Indian journal of veterinary science and animal husbandry - Volumes 18-21, 1948-1951
Year: 1948
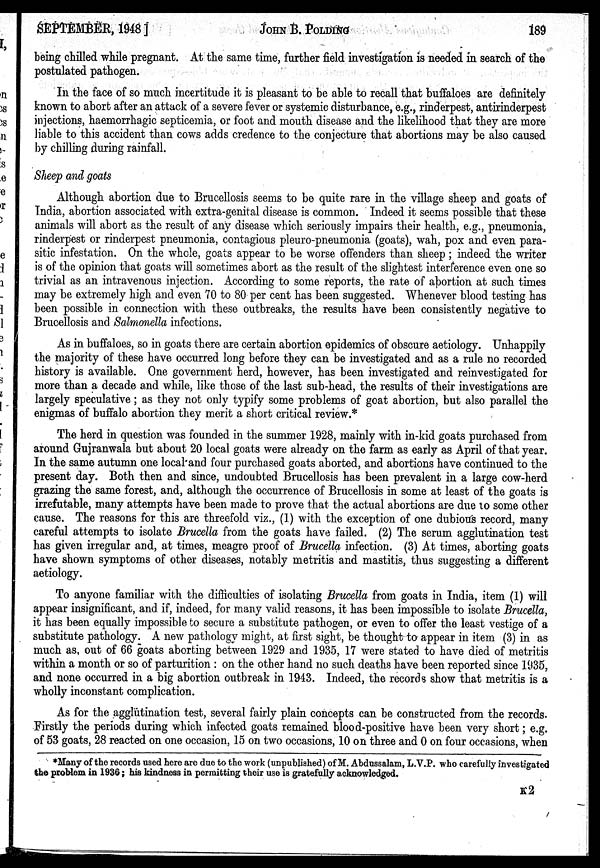
SEPTEMBER, 1946]
JOHN
B.
POLDING
189
being chilled while pregnant. At the same time, further field investigation is needed in search of the
postulated pathogen.
In the face of so much incertitude it is pleasant to be able to recall that buffaloes are definitely
known to abort after an attack of a severe fever or systemic disturbance, e.g., rinderpest, antirinderpest
injections, haemorrhagic septicemia, or foot and mouth disease and the likelihood that they are more
liable to this accident than cows adds credence to the conjecture that abortions may be also caused
by chilling during rainfall.
Sheep and goats
Although abortion due to Brucellosis seems to be quite rare in the village sheep and goats of
India, abortion associated with extra-genital disease is common. Indeed it seems possible that these
animals will abort as the result of any disease which seriously impairs their health, e.g., pneumonia,
rinderpest or rinderpest pneumonia, contagious pleuro-pneumonia (goats), wah, pox and even para-
sitic infestation. On the whole, goats appear to be worse offenders than sheep ; indeed the writer
is of the opinion that goats will sometimes abort as the result of the slightest interference even one so
trivial as an intravenous injection. According to some reports, the rate of abortion at such times
may be extremely high and even 70 to 80 per cent has been suggested. Whenever blood testing has
been possible in connection with these outbreaks, the results have been consistently negative to
Brucellosis and Salmonella infections.
As in buffaloes, so in goats there are certain abortion epidemics of obscure aetiology. Unhappily
the majority of these have occurred long before they can be investigated and as a rule no recorded
history is available. One government herd, however, has been investigated and reinvestigated for
more than a decade and while, like those of the last sub-head, the results of their investigations are
largely speculative ; as they not only typify some problems of goat abortion, but also parallel the
enigmas of buffalo abortion they merit a short critical review.*
The herd in question was founded in the summer 1928, mainly with in-kid goats purchased from
around Gujranwala but about 20 local goats were already on the farm as early as April of that year.
In the same autumn one local and four purchased goats aborted, and abortions have continued to the
present day. Both then and since, undoubted Brucellosis has been prevalent in a large cow-herd
grazing the same forest, and, although the occurrence of Brucellosis in some at least of the goats is
irrefutable, many attempts have been made to prove that the actual abortions are due to some other
cause. The reasons for this are threefold viz., (1) with the exception of one dubious record, many
careful attempts to isolate Brucella from the goats have failed. (2) The serum agglutination test
has given irregular and, at times, meagre proof of Brucella infection. (3) At times, aborting goats
have shown symptoms of other diseases, notably metritis and mastitis, thus suggesting a different
aetiology.
To anyone familiar with the difficulties of isolating Brucella from goats in India, item (1) will
appear insignificant, and if, indeed, for many valid reasons, it has been impossible to isolate Brucella,
it has been equally impossible to secure a substitute pathogen, or even to offer the least vestige of a
substitute pathology. A new pathology might, at first sight, be thought to appear in item (3) in as
much as, out of 66 goats aborting between 1929 and 1935, 17 were stated to have died of metritis
within a month or so of parturition : on the other hand no such deaths have been reported since 1935,
and none occurred in a big abortion outbreak in 1943. Indeed, the records show that metritis is a
wholly inconstant complication.
As for the agglütination test, several fairly plain concepts can be constructed from the records.
Firstly the periods during which infected goats remained blood-positive have been very short ; e.g.
of 53 goats, 28 reacted on one occasion, 15 on two occasions, 10 on three and 0 on four occasions, when
*Many of the records used here are due to the work (unpublished) of M. Abdussalam, L.V.P. who carefully investigated
the problem in 1936 ; his kindness in permitting their use is gratefully acknowledged.
K2